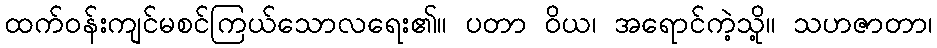
ထက်ဝန်းကျင်မစင်ကြယ်သောလရေး၏။ ပတာ ဝိယ၊ အရောင်ကဲ့သို့။ သဟဇာတာ၊